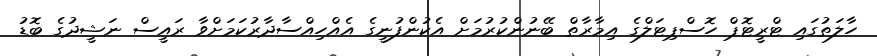
ހާލަތުގައި ޓްރީޓޮޕް ހޮސްޕިޓަލްގެ އިމާރާތް ބޭނުންކުރުމަށް އެކުންފުނީގެ އެއްހިއްސާދާރުކަމަށްވާ ރައީސް ނަޝީދުގެ ބޮޑު